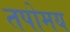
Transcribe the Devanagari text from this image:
तपोमय